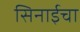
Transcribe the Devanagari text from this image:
सिनाईचा